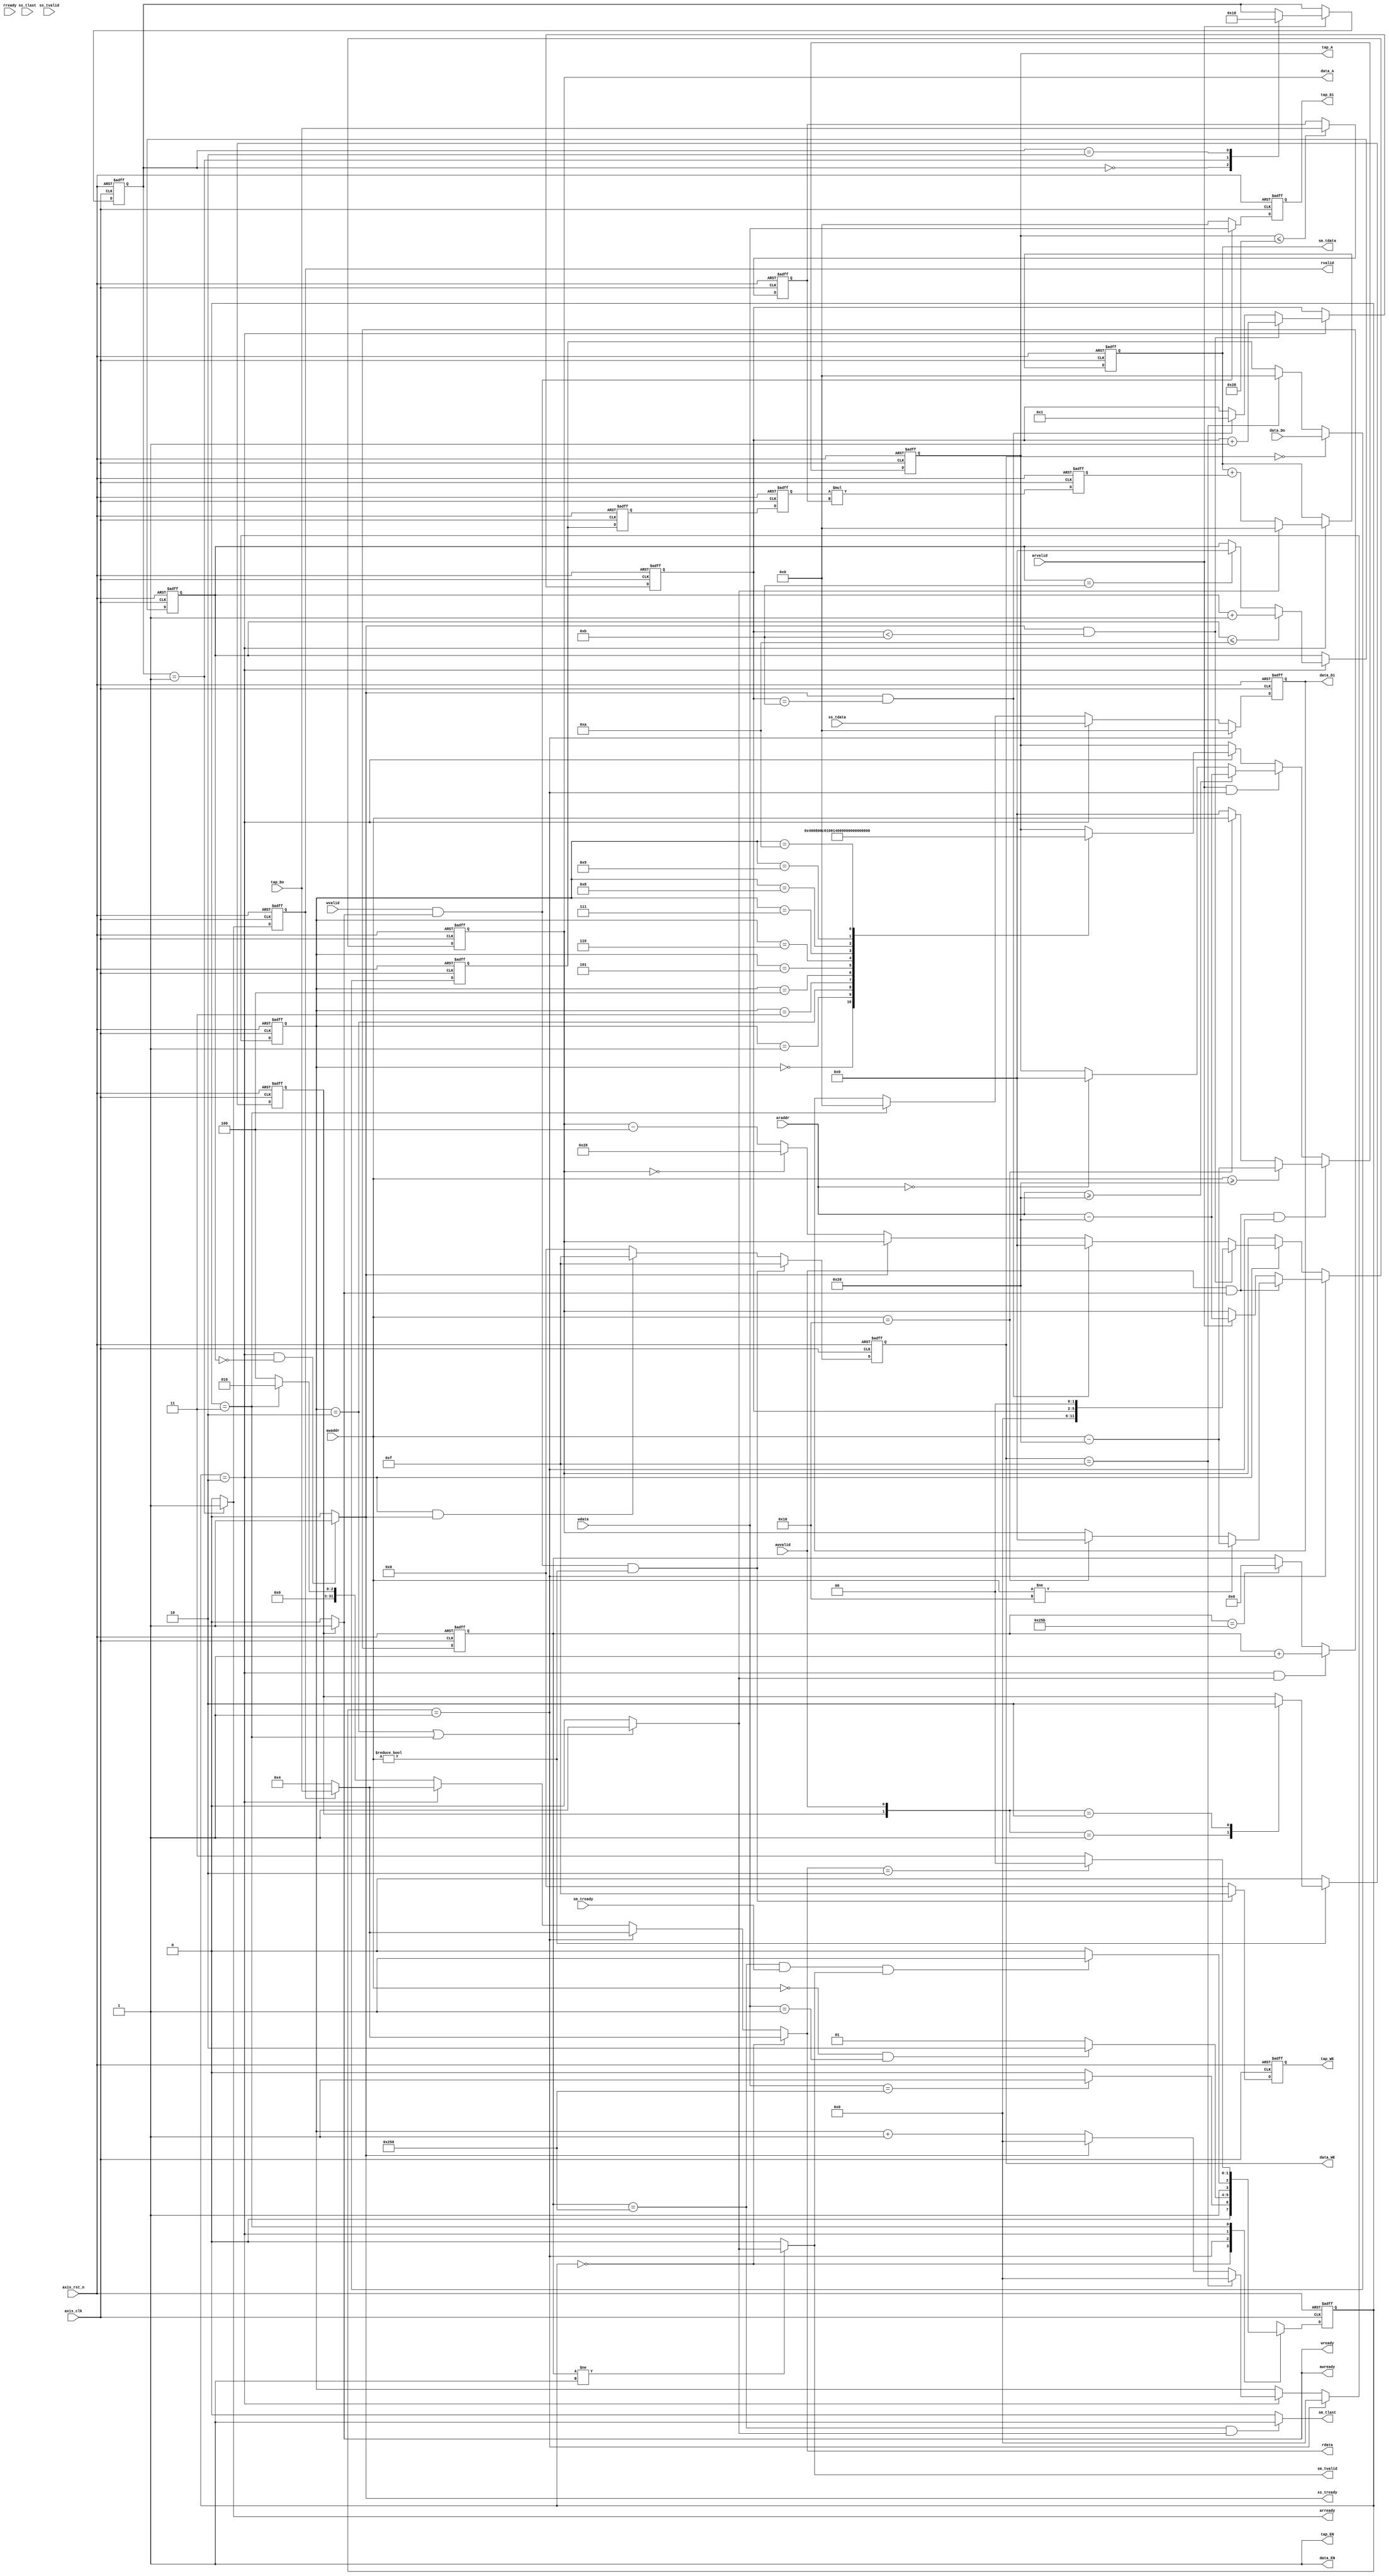
//  `include "../../bram/bram11.v"

`timescale 1ns / 1ps

module fir 
#(  parameter pADDR_WIDTH = 12,
    parameter pDATA_WIDTH = 32,
    parameter Tape_Num    = 11
)
(
    //Read address channel(RA)
    output  wire                     arready,
    input   wire [(pADDR_WIDTH-1):0] araddr,
    input   wire                     arvalid, 
    //Read data channel(RD)
    output  wire                     rvalid,
    output  wire [(pDATA_WIDTH-1):0] rdata,
    input   wire                     rready,
    //Write address channel(WA)
    output  wire                     awready,
    input   wire [(pADDR_WIDTH-1):0] awaddr,
    input   wire                     awvalid,
    //Write data channel(WD)
    output  wire                     wready,
    input   wire                     wvalid,
    input   wire [(pDATA_WIDTH-1):0] wdata,


    //streaming
    output  wire                     ss_tready,
    output  wire                     sm_tvalid, 
    output  wire [(pDATA_WIDTH-1):0] sm_tdata, 
    output  wire                     sm_tlast, 
    input   wire                     ss_tvalid, 
    input   wire [(pDATA_WIDTH-1):0] ss_tdata, 
    input   wire                     ss_tlast, 
    input   wire                     sm_tready, 

    
    // bram for tap RAM
    output  wire [3:0]               tap_WE,
    output  wire                     tap_EN,
    output  wire [(pDATA_WIDTH-1):0] tap_Di,
    output  wire [(pADDR_WIDTH-1):0] tap_A,
    input   wire [(pDATA_WIDTH-1):0] tap_Do,

    // bram for data RAM
    output  wire [3:0]               data_WE,
    output  wire                     data_EN,
    output  wire [(pDATA_WIDTH-1):0] data_Di,
    output  wire [(pADDR_WIDTH-1):0] data_A,
    input   wire [(pDATA_WIDTH-1):0] data_Do,

    input   wire                     axis_clk,
    input   wire                     axis_rst_n
);

reg [(pDATA_WIDTH-1):0] multi_result;

// bram11 bram11_axilite(
//     .CLK        (axis_clk),
//     .WE         (tap_WE),
//     .EN         (tap_EN),
//     .Di         (tap_Di),
//     .Do         (tap_Do),
//     .A          (tap_A)
// );

// bram11 bram11_axistream(
//     .CLK        (axis_clk),
//     .WE         (data_WE),
//     .EN         (data_EN),
//     .Di         (data_Di),
//     .Do         (data_Do),
//     .A          (data_A)
// );


/******************FSM*********************/
parameter                   IDLE = 2'b00;
parameter                   COEF_IN = 2'b01;
parameter                   COMPUTE = 2'b10;
parameter                   DONE = 2'b11;
reg     [1:0]               next_state;
reg     [1:0]               current_state;

/******************AXI LITE*********************/
reg                         write_counter;  // let awready follows awvalid's second clock and pulls up to 1, 
                                            // then pulls down to 0, wready follows wvalid's second clock and pulls up to 1, 
                                            // then pulls down to 0
reg [1:0]                   read_counter;
reg [5:0]                   tap_A_counter;                                         
reg                         awready_reg;    // write address control : if awready is 1, tap_A = awaddr
reg                         wready_reg;

reg [(pADDR_WIDTH-1):0]     tap_A_reg;
reg [(pDATA_WIDTH-1):0]     tap_Di_reg;
reg [3:0]                   tap_WE_reg;

reg                         arready_reg;
reg                         rvalid_reg;

/******************AXI Streaming*********************/
reg     [(pDATA_WIDTH-1):0] data_Di_reg;
reg     [(pADDR_WIDTH-1):0] data_A_reg;
reg     [3:0]               data_WE_reg;

reg                         computing;
reg     [(pADDR_WIDTH-1):0] compute_counter;
reg     [3:0]               pattern_cycle;
reg     [9:0]               pattern_number;

reg    [(pDATA_WIDTH-1):0]  stream_data_1;
reg    [(pDATA_WIDTH-1):0]  stream_data_2;
reg    [(pDATA_WIDTH-1):0]  Coef_data;
reg    [(pDATA_WIDTH-1):0]  Xn;
reg    [(pDATA_WIDTH-1):0]  Xn_multi_Coef;
reg    [(pDATA_WIDTH-1):0]  Yn;
wire                        one_pattern_done;


/***************************************************************CIRCUIT***************************************************************/


/***********************************************/
/******************TAP BRAM*********************/
/***********************************************/
assign tap_EN   = 1'b1;
assign tap_A    = tap_A_reg;
assign tap_Di   = tap_Di_reg;
assign tap_WE   = tap_WE_reg;

always @(posedge axis_clk or negedge axis_rst_n) begin
    if (~axis_rst_n)
        tap_A_counter <= 6'b000000;
    else if (current_state == COEF_IN)
        tap_A_counter <= 0;
    else if (current_state == COMPUTE) begin
        if (data_WE == 4'b1111)
            tap_A_counter <= 6'b000000;
       
        else if (ss_tready == 1)
            tap_A_counter <= 6'b000000;
        else
            tap_A_counter <= tap_A_counter + 1'b1;
    end
    else
        tap_A_counter <= tap_A_counter;
end

always @(posedge axis_clk or negedge axis_rst_n) begin
    if (~axis_rst_n)
        tap_A_reg <= 12'h000;
    else if (awvalid == 1 && awready == 1 && current_state == COEF_IN) begin
        if (awaddr >= 12'h020)
            tap_A_reg <= awaddr - 12'h020;
        else if (awaddr == 12'h010)
            tap_A_reg <= awaddr;
        else
            tap_A_reg <= 12'h000;
    end
    else if (arvalid == 1 && current_state == COEF_IN) begin
        if (araddr >= 12'h020)
            tap_A_reg <= araddr - 12'h020;
        else if (araddr == 12'h000)
            tap_A_reg <= 12'h000;
        else
            tap_A_reg <= tap_A_reg;
    end
    else if (current_state == COMPUTE) begin    
        case (tap_A_counter)
            6'd0: tap_A_reg <= 12'h000;
            6'd1: tap_A_reg <= 12'h004;
            6'd2: tap_A_reg <= 12'h008;
            6'd3: tap_A_reg <= 12'h00C;
            6'd4: tap_A_reg <= 12'h010;
            6'd5: tap_A_reg <= 12'h014;
            6'd6: tap_A_reg <= 12'h018;
            6'd7: tap_A_reg <= 12'h01C;
            6'd8: tap_A_reg <= 12'h020;
            6'd9: tap_A_reg <= 12'h024;
            6'd10: tap_A_reg <= 12'h028;
            default: tap_A_reg <= tap_A_reg;
        endcase
    end
    else
        tap_A_reg <= tap_A_reg;
end

always @(posedge axis_clk or negedge axis_rst_n) begin
    if (~axis_rst_n)
        tap_Di_reg <= 32'h0000_0000;
    else if (wvalid && wready == 1)
        tap_Di_reg <= wdata;
    else
        tap_Di_reg <= 32'h0000_0000;
end

always @(posedge axis_clk or negedge axis_rst_n) begin
    if (~axis_rst_n)
        tap_WE_reg <= 4'b0000;
    else if ((wvalid && wready == 1) && (awaddr != 12'h000))
        tap_WE_reg <= 4'b1111;
    else
        tap_WE_reg <= 4'b0000;
end



/***********************************************/
/******************AXI LITE*********************/
/***********************************************/

assign rdata = (current_state == IDLE) ? (rvalid ? tap_Do : 32'd4) :(current_state == COEF_IN) ?(rvalid ? tap_Do : 32'd4) :
              (current_state == COMPUTE) ? (rvalid ? tap_Do : 32'd4) :
              (current_state == DONE ) ? 32'd2 : 32'd4;//



always @(posedge axis_clk or negedge axis_rst_n) begin
    if(~axis_rst_n) begin
        write_counter <= 1'b0;
    end else if(awaddr != 12'h000) begin
        case ({write_counter, awvalid})
            2'b01: write_counter <= 1'b1;
            2'b10: write_counter <= 1'b0;
            default: write_counter <= write_counter;
        endcase
    end else begin
        write_counter <= 1'b0;
    end
end

always @(posedge axis_clk or negedge axis_rst_n) begin
    if(~axis_rst_n) begin
        read_counter <= 1'b0;
    end else if (arvalid) begin
        case (read_counter)
            2'b00: read_counter <= 2'b01;
            2'b01: read_counter <= 2'b10;
            2'b10: read_counter <= 2'b00;
            default: read_counter <= read_counter;
        endcase
    end else begin
        read_counter <= read_counter;
    end
end

assign awready = (write_counter)? 1'b1 : 1'b0;
assign wready = awready;

assign arready = (read_counter == 2'b01) ? 1'b1 : 1'b0;


assign rvalid = rvalid_reg;
always @(posedge axis_clk or negedge axis_rst_n) begin
    if(~axis_rst_n) begin
        rvalid_reg <= 1'b0;
    end 
   
    else begin
        rvalid_reg <= arready;
    end
end



/******************************************/
/******************FSM*********************/
/******************************************/
always @(posedge axis_clk or negedge axis_rst_n ) begin
    if ((~axis_rst_n) ) begin //
        current_state <= IDLE;
    end else begin
        current_state <= next_state;
    end
end

always @(*) begin
    case (current_state)
        IDLE: begin
            if (wdata == 32'd600  ) begin
                next_state = COEF_IN;
            end else begin
                next_state = IDLE;
            end
        end
        COEF_IN: begin
            if (awaddr == 12'h000 && wdata == 32'd1) begin
                next_state = COMPUTE;
            end else begin
                next_state = COEF_IN;
            end
        end
        COMPUTE: begin
            if (pattern_number == 600 && sm_tready && sm_tvalid) begin
                next_state = DONE;
            end else begin
                next_state = COMPUTE;
            end
        end
        DONE: begin
            if (rdata == 32'd2 ) begin
                next_state = IDLE;
            end else begin
                next_state = DONE;
            end
        end
        default: begin
            next_state = IDLE;
        end
    endcase
end


/************************************************/
/******************DATA BRAM*********************/
/************************************************/
assign data_Di = data_Di_reg;
assign data_A = data_A_reg;
assign data_EN = 1'b1;
assign data_WE = data_WE_reg;

always @(posedge axis_clk or negedge axis_rst_n) begin
    if (~axis_rst_n) begin
        data_WE_reg <= 4'b0000;
    end else if (wvalid && wready && awaddr != 12'h000) begin
        data_WE_reg <= 4'b1111;
    end else if (current_state == COMPUTE && ss_tready) begin
        data_WE_reg <= 4'b1111;
    end else begin
        data_WE_reg <= 4'b0000;
    end
end

always @(posedge axis_clk or negedge axis_rst_n) begin
    if (!axis_rst_n) begin
        data_Di_reg <= 32'b0;
    end 
    else if (current_state == COEF_IN) begin
        data_Di_reg <= 32'b0;
    end 
    else if (current_state == COMPUTE) begin
        data_Di_reg <= ss_tdata;
    end
    else if (current_state == DONE) begin
        data_Di_reg <= 32'b0;
    end 
    else begin
        data_Di_reg <= data_Di_reg;
    end
end

always @(posedge axis_clk or negedge axis_rst_n) begin
    if (!axis_rst_n) begin
        data_A_reg <= 12'h000;
    end else if (current_state == COEF_IN) begin
        if (awvalid && awready) begin
            if (awaddr != 12'h010) begin
                data_A_reg <= awaddr - 12'h020;
            end else if (awaddr == 12'h010) begin
                data_A_reg <= 12'h000;
            end else begin
                data_A_reg <= data_A_reg;
            end
        end else if (arvalid) begin
            data_A_reg <= araddr - 12'h020;
        end else begin
            data_A_reg <= data_A_reg;
        end
    end else if (current_state == COMPUTE) begin
        if (ss_tready && pattern_cycle < 12'd11) begin
            data_A_reg <= pattern_cycle << 2; // write data
        end else if (ss_tready && pattern_cycle == 12'd11) begin
            data_A_reg <= 0; // write data
        end else if (!ss_tready) begin
            if (data_A_reg == 12'h000) begin
                data_A_reg <= 12'h028; // read data
            end else begin
                data_A_reg <= data_A_reg - 12'h004;
            end
        end else begin
            data_A_reg <= data_A_reg;
        end
    end else begin
        data_A_reg <= data_A_reg;
    end
end

/****************************************************/
/******************AXI Streaming*********************/
/****************************************************/
assign ss_tready = ((current_state == COMPUTE && compute_counter == 0) ) ? 1 : 0;

assign sm_tvalid = (pattern_number != 9'd1  ) ? one_pattern_done : 0;

assign sm_tlast = (pattern_number == 600 && one_pattern_done == 1) ? 1 : 0;

always @(posedge axis_clk or negedge axis_rst_n) begin
    if (!axis_rst_n) begin
        compute_counter <= 4'd0;
    end else if (current_state == COMPUTE) begin
        if (compute_counter <= 4'd10) begin
            compute_counter <= compute_counter + 1'b1;
        end else if (compute_counter == 4'd11) begin
            compute_counter <= 0;
        end
    end else begin
        compute_counter <= compute_counter;
    end
end

always @(posedge axis_clk or negedge axis_rst_n) begin
    if (!axis_rst_n) begin
        pattern_cycle <= 4'd0;
    end else if (current_state == COMPUTE) begin
        if (ss_tready == 1 && pattern_cycle < 4'd11) begin
            pattern_cycle <= pattern_cycle + 1;
        end else if (pattern_cycle == 4'd11 && ss_tready == 1) begin
            pattern_cycle <= 1;
        end
    end else begin
        pattern_cycle <= pattern_cycle;
    end
end

always @(posedge axis_clk or negedge axis_rst_n) begin
    if (!axis_rst_n) begin
        pattern_number <= 9'd0;
    end else if (current_state == COMPUTE && one_pattern_done == 1) begin
        pattern_number <= pattern_number + 1;
    end else if (pattern_number == 603) begin
        pattern_number <= 0;
    end else begin
        pattern_number <= pattern_number;
    end
end


/****************************************************/
/******************FIR Calculate*********************/
/****************************************************/
assign one_pattern_done = (tap_A_counter == 2|| current_state == DONE )? 1:0;//



assign sm_tdata = Yn;

always @(posedge axis_clk or negedge axis_rst_n) begin
    if ((~axis_rst_n) ) begin
        Coef_data <= 0;
    end 
    else begin
        Coef_data <= (tap_A <= 12'h028) ? tap_Do : Coef_data;
    end
end

always @(posedge axis_clk or negedge axis_rst_n) begin
    if (!axis_rst_n) begin
        stream_data_1 <= 0;
    end else begin
        stream_data_1 <= (data_WE == 4'b0000) ? data_Do : (data_WE == 4'b1111) ? 0 : stream_data_1;
    end
end

always @(posedge axis_clk or negedge axis_rst_n) begin
    if (!axis_rst_n) begin
        stream_data_2 <= 0;
    end else begin
        stream_data_2 <= (data_EN == 1) ? stream_data_1 : stream_data_2;
    end
end

always @(posedge axis_clk or negedge axis_rst_n) begin
    if (!axis_rst_n) begin
        Xn <= 0;
    end else begin
        Xn <= (data_EN == 1) ? stream_data_2 : Xn;
    end
end

always @(posedge axis_clk or negedge axis_rst_n) begin
    if (!axis_rst_n) begin
        Xn_multi_Coef <= 0;
    end else begin
        Xn_multi_Coef <= (data_EN == 1) ? Xn * Coef_data : Xn_multi_Coef;
    end
end

always @(posedge axis_clk or negedge axis_rst_n ) begin
    if ((~axis_rst_n)) begin //
        Yn <= 0;
    end else if (data_EN == 1 && current_state == COMPUTE) begin
        Yn <= (one_pattern_done == 0) ? Yn + Xn_multi_Coef : (one_pattern_done == 1) ? 0 : Yn;
    end
end






endmodule